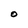
Character: O